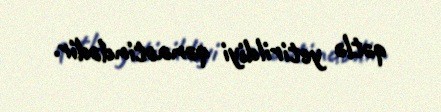
qətlə yetirildiyi qənaətindədir.